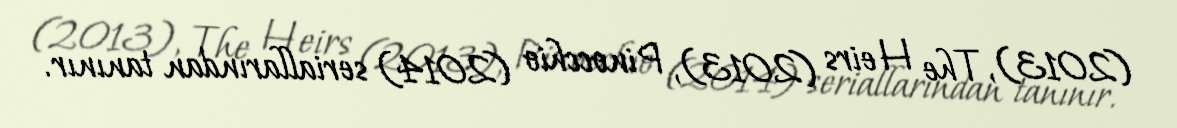
(2013), The Heirs (2013), Pinocchio (2014) seriallarından tanınır.